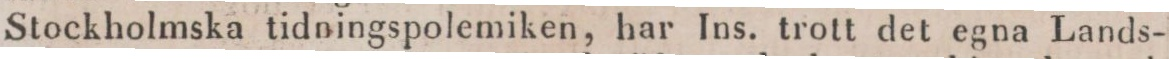
Stockholmska tidningspolemiken, har Ins. trott det egna Lands-